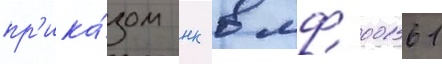
пр'ика́зом нк вмф 00161